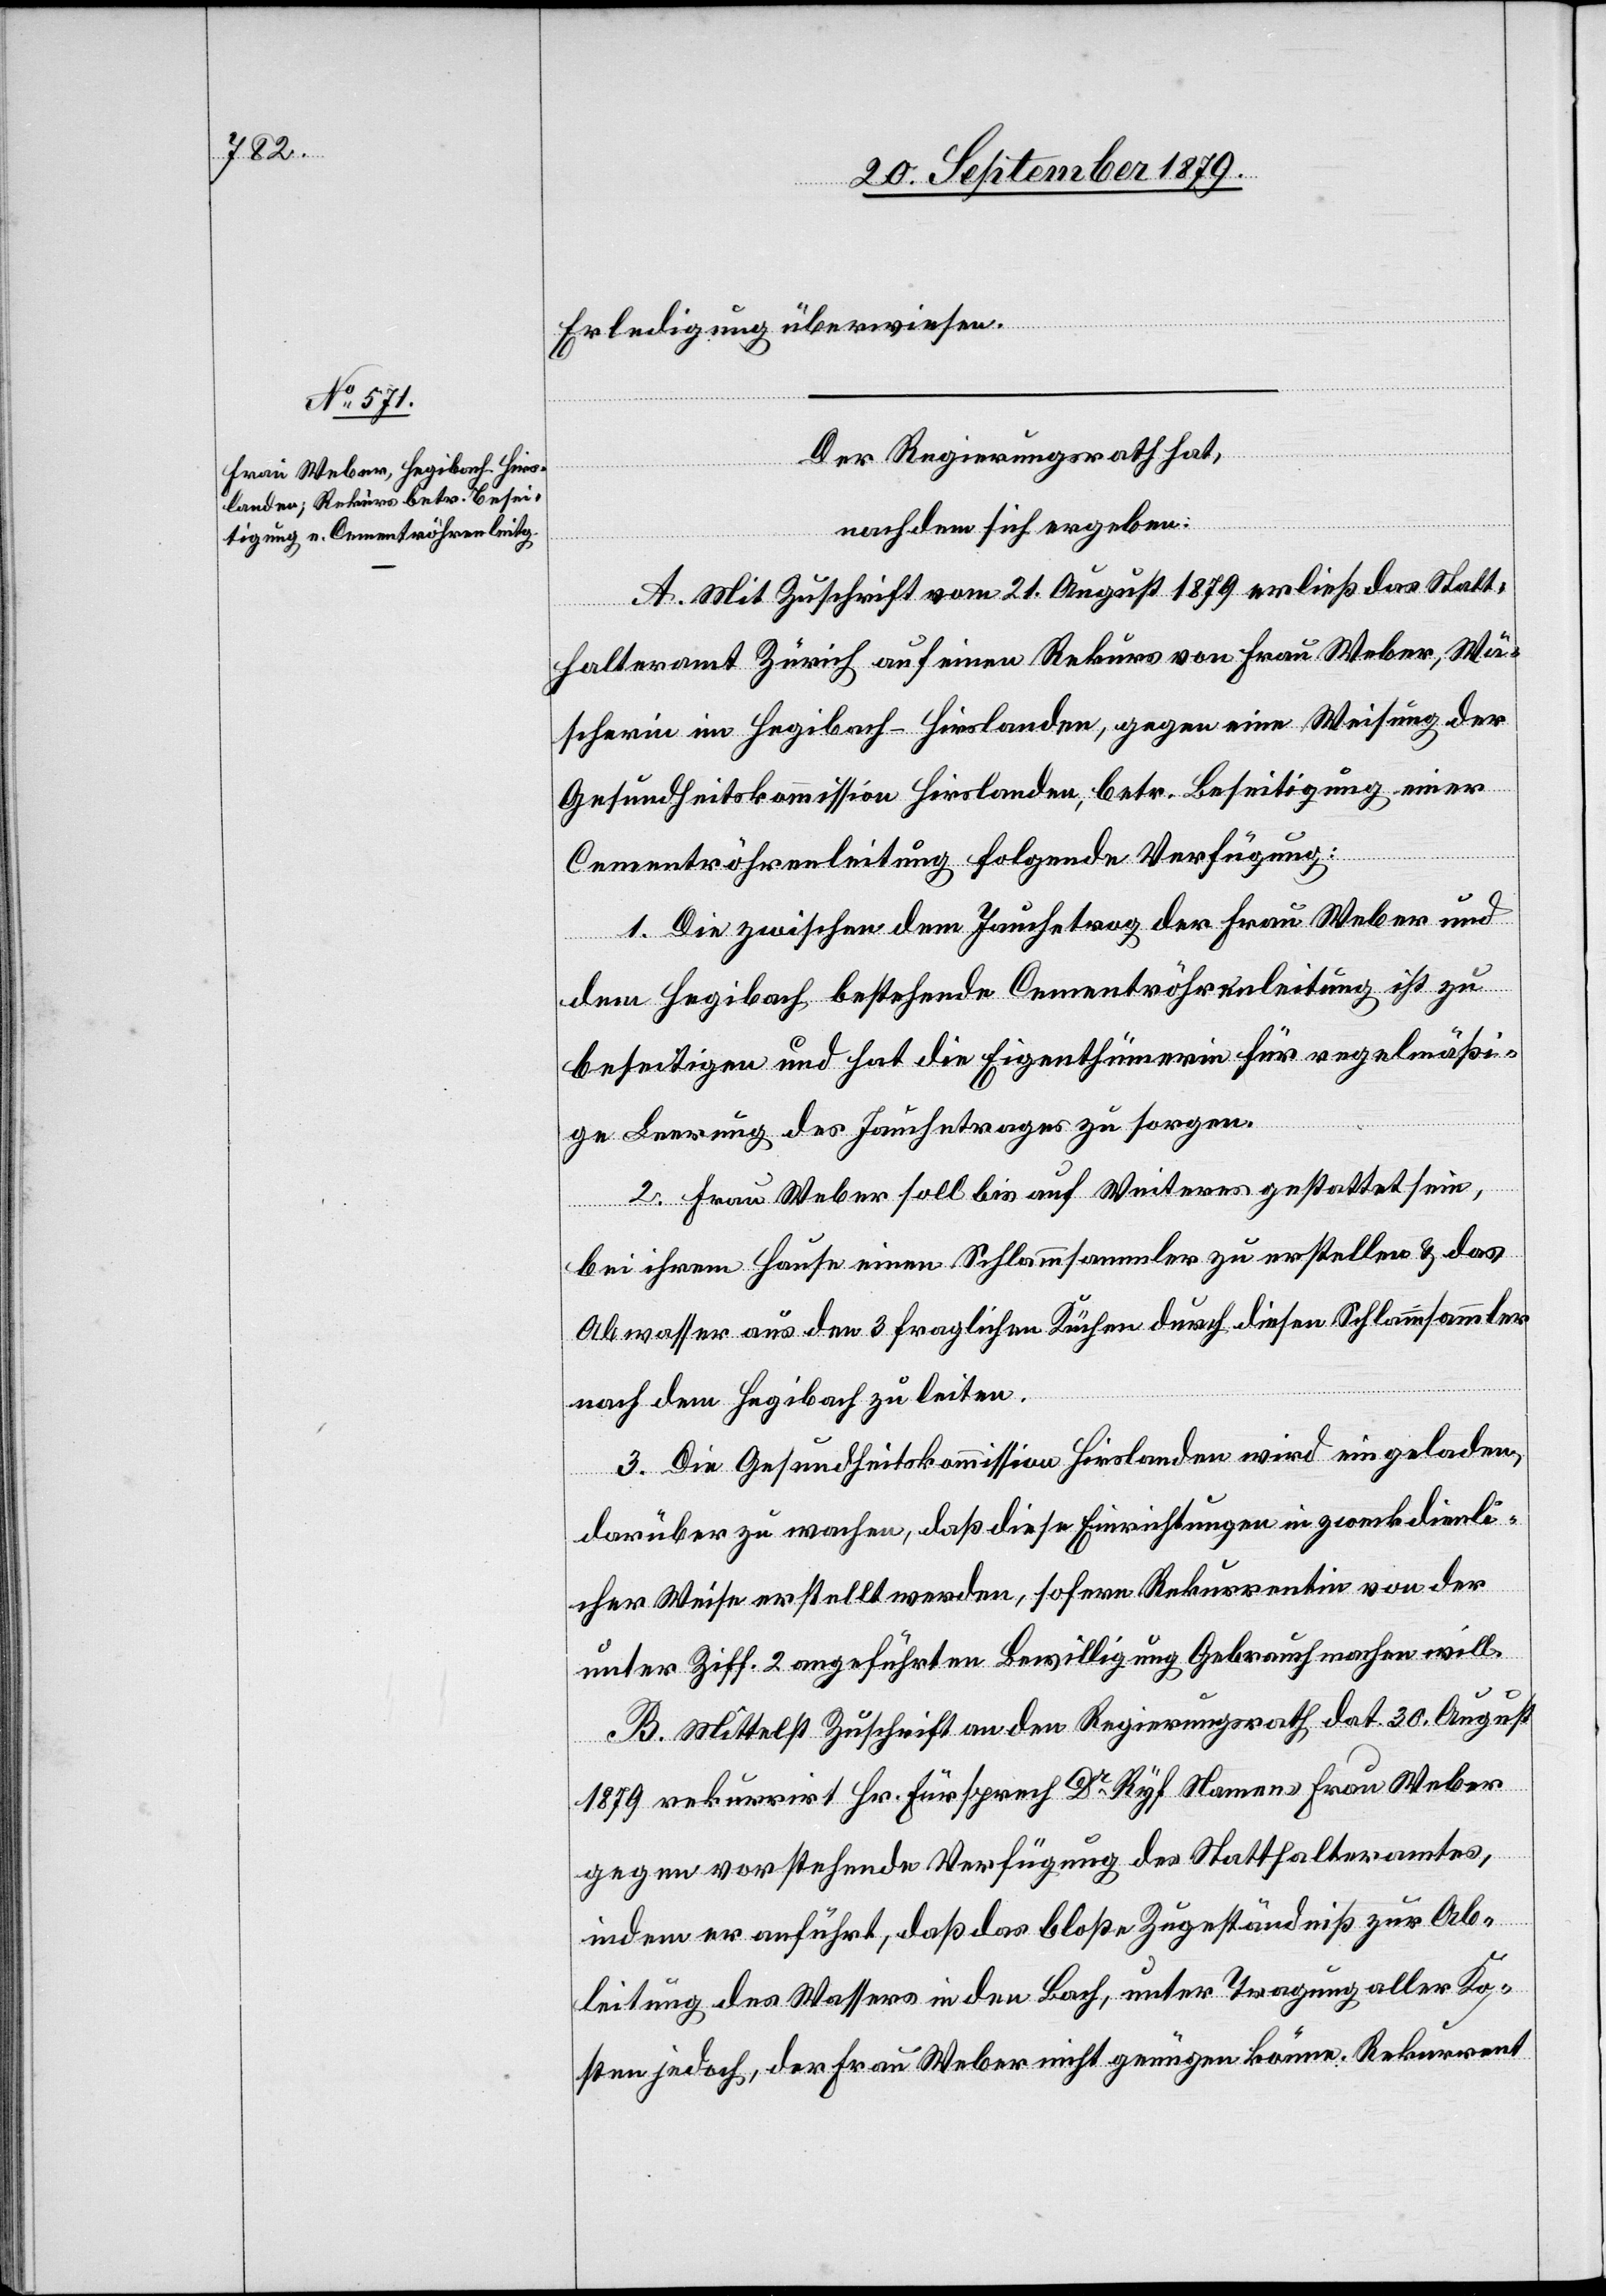
Erledigung überwiesen.
Der Regierungsrath hat,
nachdem sich ergeben:
A. Mit Zuschrift vom 21. August 1879 erließ das Statt¬
halteramt Zürich auf einen Rekurs von Frau Weber, Wä¬
scherin im Hegibach - Hirslanden, gegen eine Weisung der
Gesundheitskommission Hirslanden, betr. Beseitigung einer
Cementröhrenleitung folgende Verfügung:
1. Die zwischen dem Jauchetrog der Frau Weber und
dem Hegibach bestehende Cementröhrenleitung ist zu
beseitigen und hat die Eigenthümerin für regelmäßi¬
ge Leerung des Jauchetroges zu sorgen.
2. Frau Weber soll bis auf Weiteres gestattet sein,
bei ihrem Hause einen Schlammsammler zu erstellen & das
Abwasser aus den 3 fraglichen Küchen durch diesen Schlammsammler
nach dem Hegibach zu leiten.
3. Die Gesundheitskommission Hirslanden wird eingeladen,
darüber zu wachen, daß diese Einrichtungen in zweckdienli¬
cher Weise erstellt werden, sofern Rekurrentin von der
unter Ziff. 2 angeführten Bewilligung Gebrauch machen will.
B. Mittelst Zuschrift an den Regierungsrath dat. 30. August
1879 rekurrirt Hr. Fürsprech Dr Ryf Namens Frau Weber
gegen vorstehende Verfügung des Statthalteramtes,
indem er anführt, daß das bloße Zugeständniß zur Ab¬
leitung des Wassers in den Bach, unter Tragung aller Ko¬
sten jedoch, der Frau Weber nicht genügen könne. Rekurrent